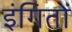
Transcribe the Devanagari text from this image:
इंगितों